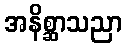
အနိစ္ဆာသညာ